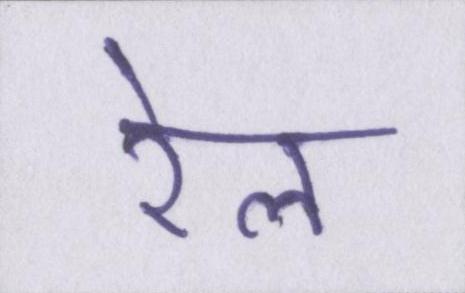
रेल